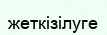
жеткізілуге